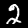
Label: 2